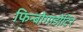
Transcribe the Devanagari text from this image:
फिन्बोगाडोटिर